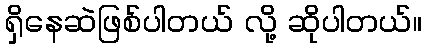
ရှိနေဆဲဖြစ်ပါတယ် လို့ ဆိုပါတယ်။